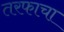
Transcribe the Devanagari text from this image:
तरफाचा